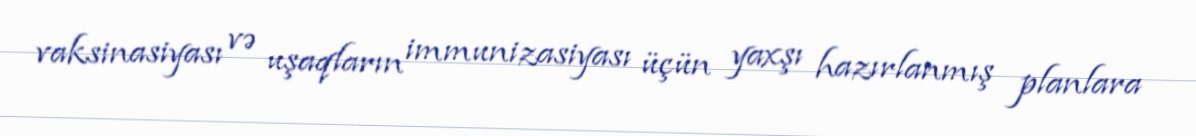
vaksinasiyası və uşaqların immunizasiyası üçün yaxşı hazırlanmış planlara